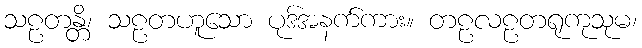
သဠတန္တိ၊ သဠတဟူသော ပုဒ်အနက်ကား။ တဠလဠတရုကုသုမ၊